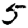
Digit: 5